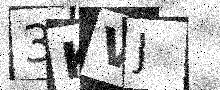
Text: 3KVJ